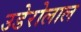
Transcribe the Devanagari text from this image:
उडेरोलाल